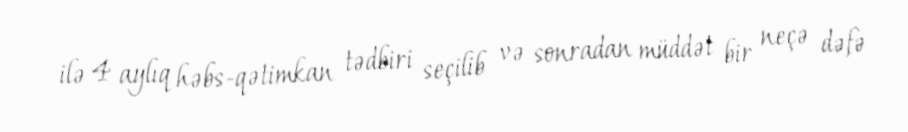
ilə 4 aylıq həbs-qətimkan tədbiri seçilib və sonradan müddət bir neçə dəfə